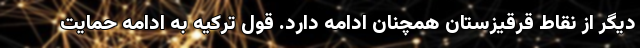
دیگر از نقاط قرقیزستان همچنان ادامه دارد. قول ترکیه به ادامه حمایت